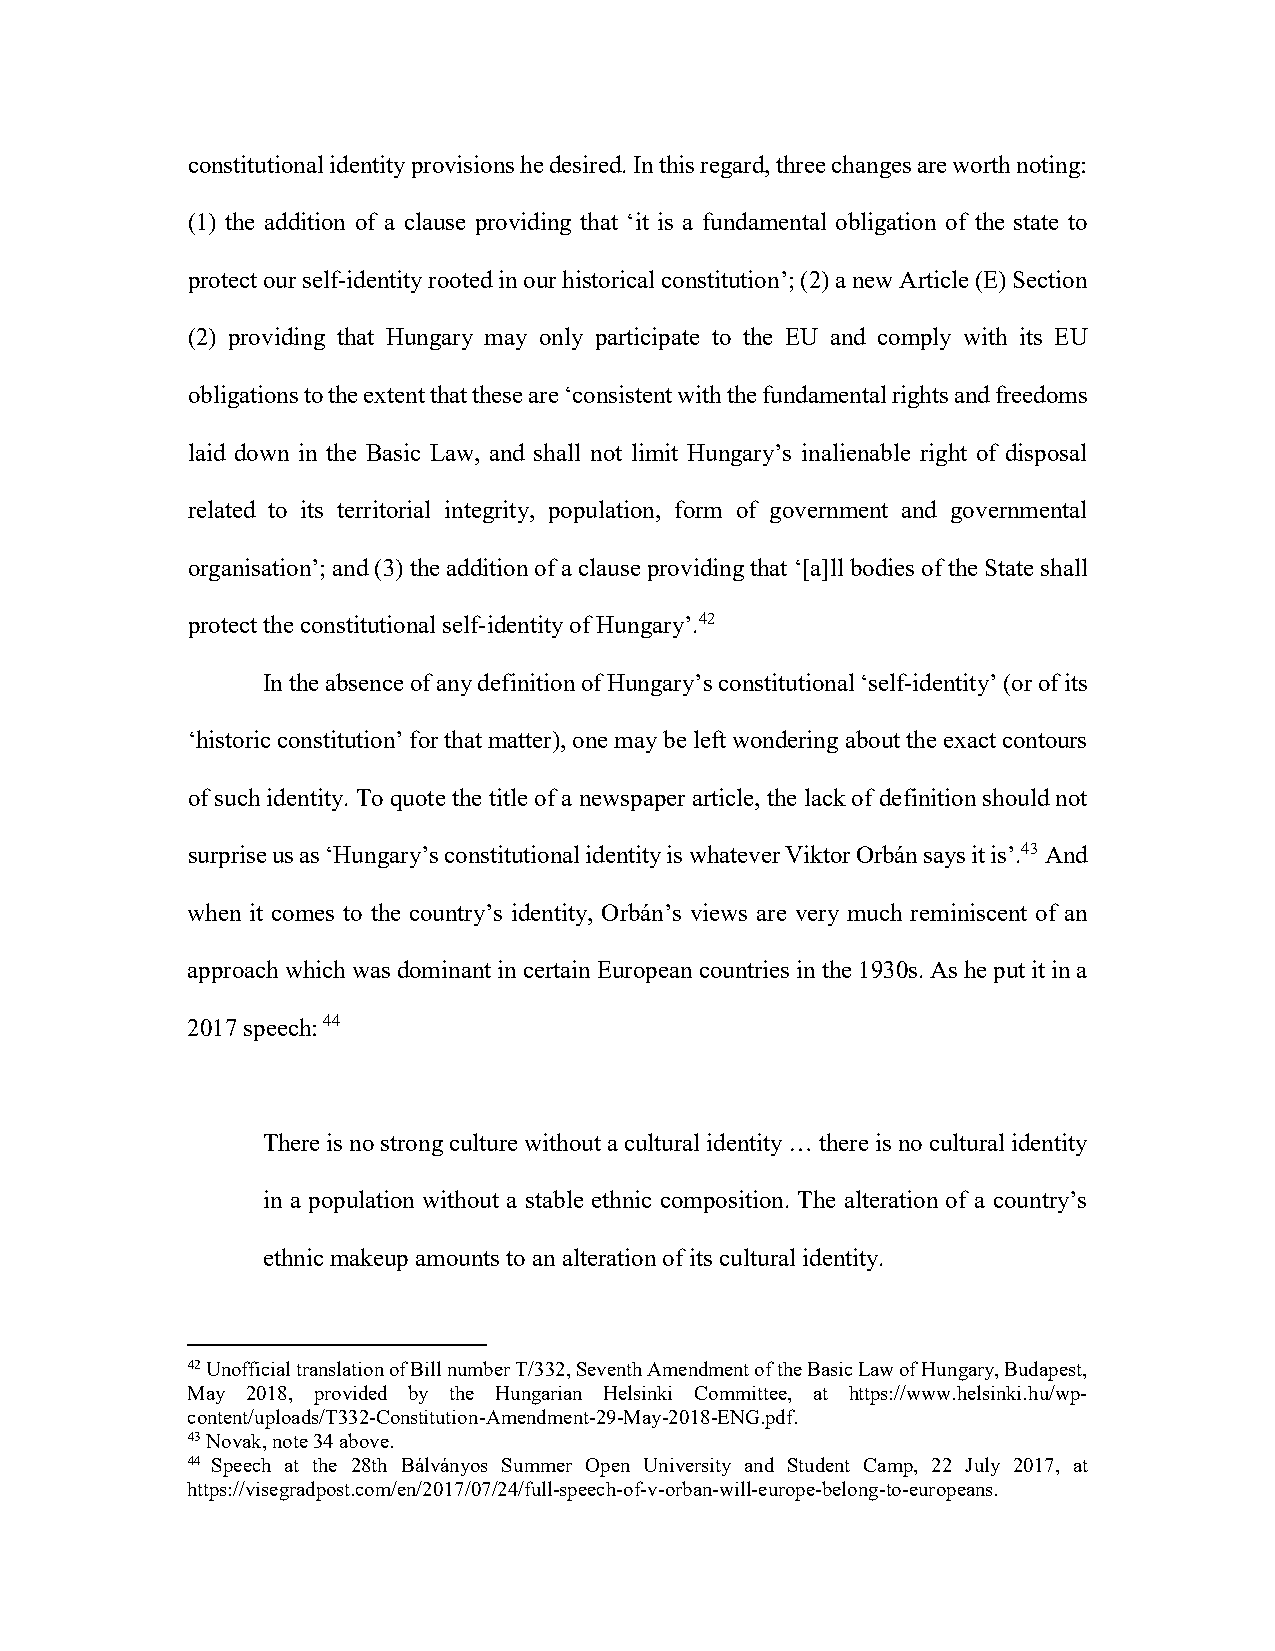
constitutional identity provisions he desired. In this regard, three changes are worth noting:
 (1) the addition of a clause providing that ‘it is a fundamental obligation of the state to
 protect our self-identity rooted in our historical constitution’; (2) a new Article (E) Section
 (2) providing that Hungary may only participate to the EU and comply with its EU
 obligations to the extent that these are ‘consistent with the fundamental rights and freedoms
 laid down in the Basic Law, and shall not limit Hungary’s inalienable right of disposal
 related to its territorial integrity, population, form of government and governmental
 organisation’; and (3) the addition of a clause providing that ‘[a]ll bodies of the State shall
 protect the constitutional self-identity of Hungary’.42
 In the absence of any definition of Hungary’s constitutional ‘self-identity’ (or of its
 ‘historic constitution’ for that matter), one may be left wondering about the exact contours
 of such identity. To quote the title of a newspaper article, the lack of definition should not
 surprise us as ‘Hungary’s constitutional identity is whatever Viktor Orbán says it is’.43 And
 when it comes to the country’s identity, Orbán’s views are very much reminiscent of an
 approach which was dominant in certain European countries in the 1930s. As he put it in a
 2017 speech: 44
 There is no strong culture without a cultural identity … there is no cultural identity
 in a population without a stable ethnic composition. The alteration of a country’s
 ethnic makeup amounts to an alteration of its cultural identity.
 42 Unofficial translation of Bill number T/332, Seventh Amendment of the Basic Law of Hungary, Budapest,
 May 2018, provided by the Hungarian Helsinki Committee, at https://www.helsinki.hu/wp-
 content/uploads/T332-Constitution-Amendment-29-May-2018-ENG.pdf.
 43 Novak, note 34 above.
 44 Speech at the 28th Bálványos Summer Open University and Student Camp, 22 July 2017, at
 https://visegradpost.com/en/2017/07/24/full-speech-of-v-orban-will-europe-belong-to-europeans.